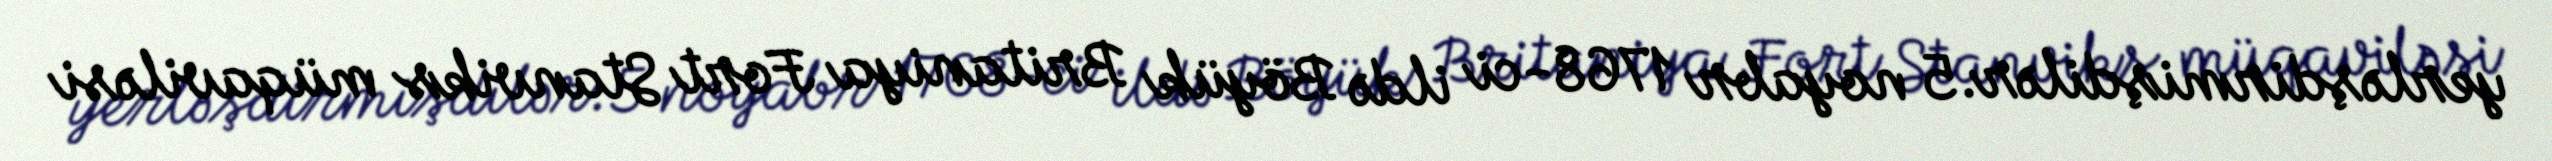
yerləşdirmişdilər.5 noyabr 1768-ci ildə Böyük Britaniya Fort Stanviks müqaviləsi